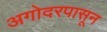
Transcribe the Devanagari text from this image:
अगोदरपासून